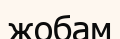
жобам